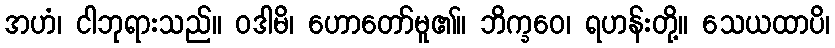
အဟံ၊ ငါဘုရားသည်။ ဝဒါမိ၊ ဟောတော်မူ၏။ ဘိက္ခဝေ၊ ရဟန်းတို့။ သေယထာပိ၊